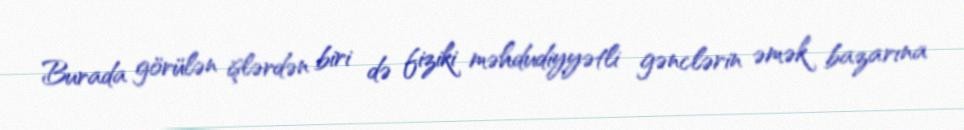
Burada görülən işlərdən biri də fiziki məhdudiyyətli gənclərin əmək bazarına